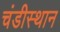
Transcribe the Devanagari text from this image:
चंडीस्‍थान